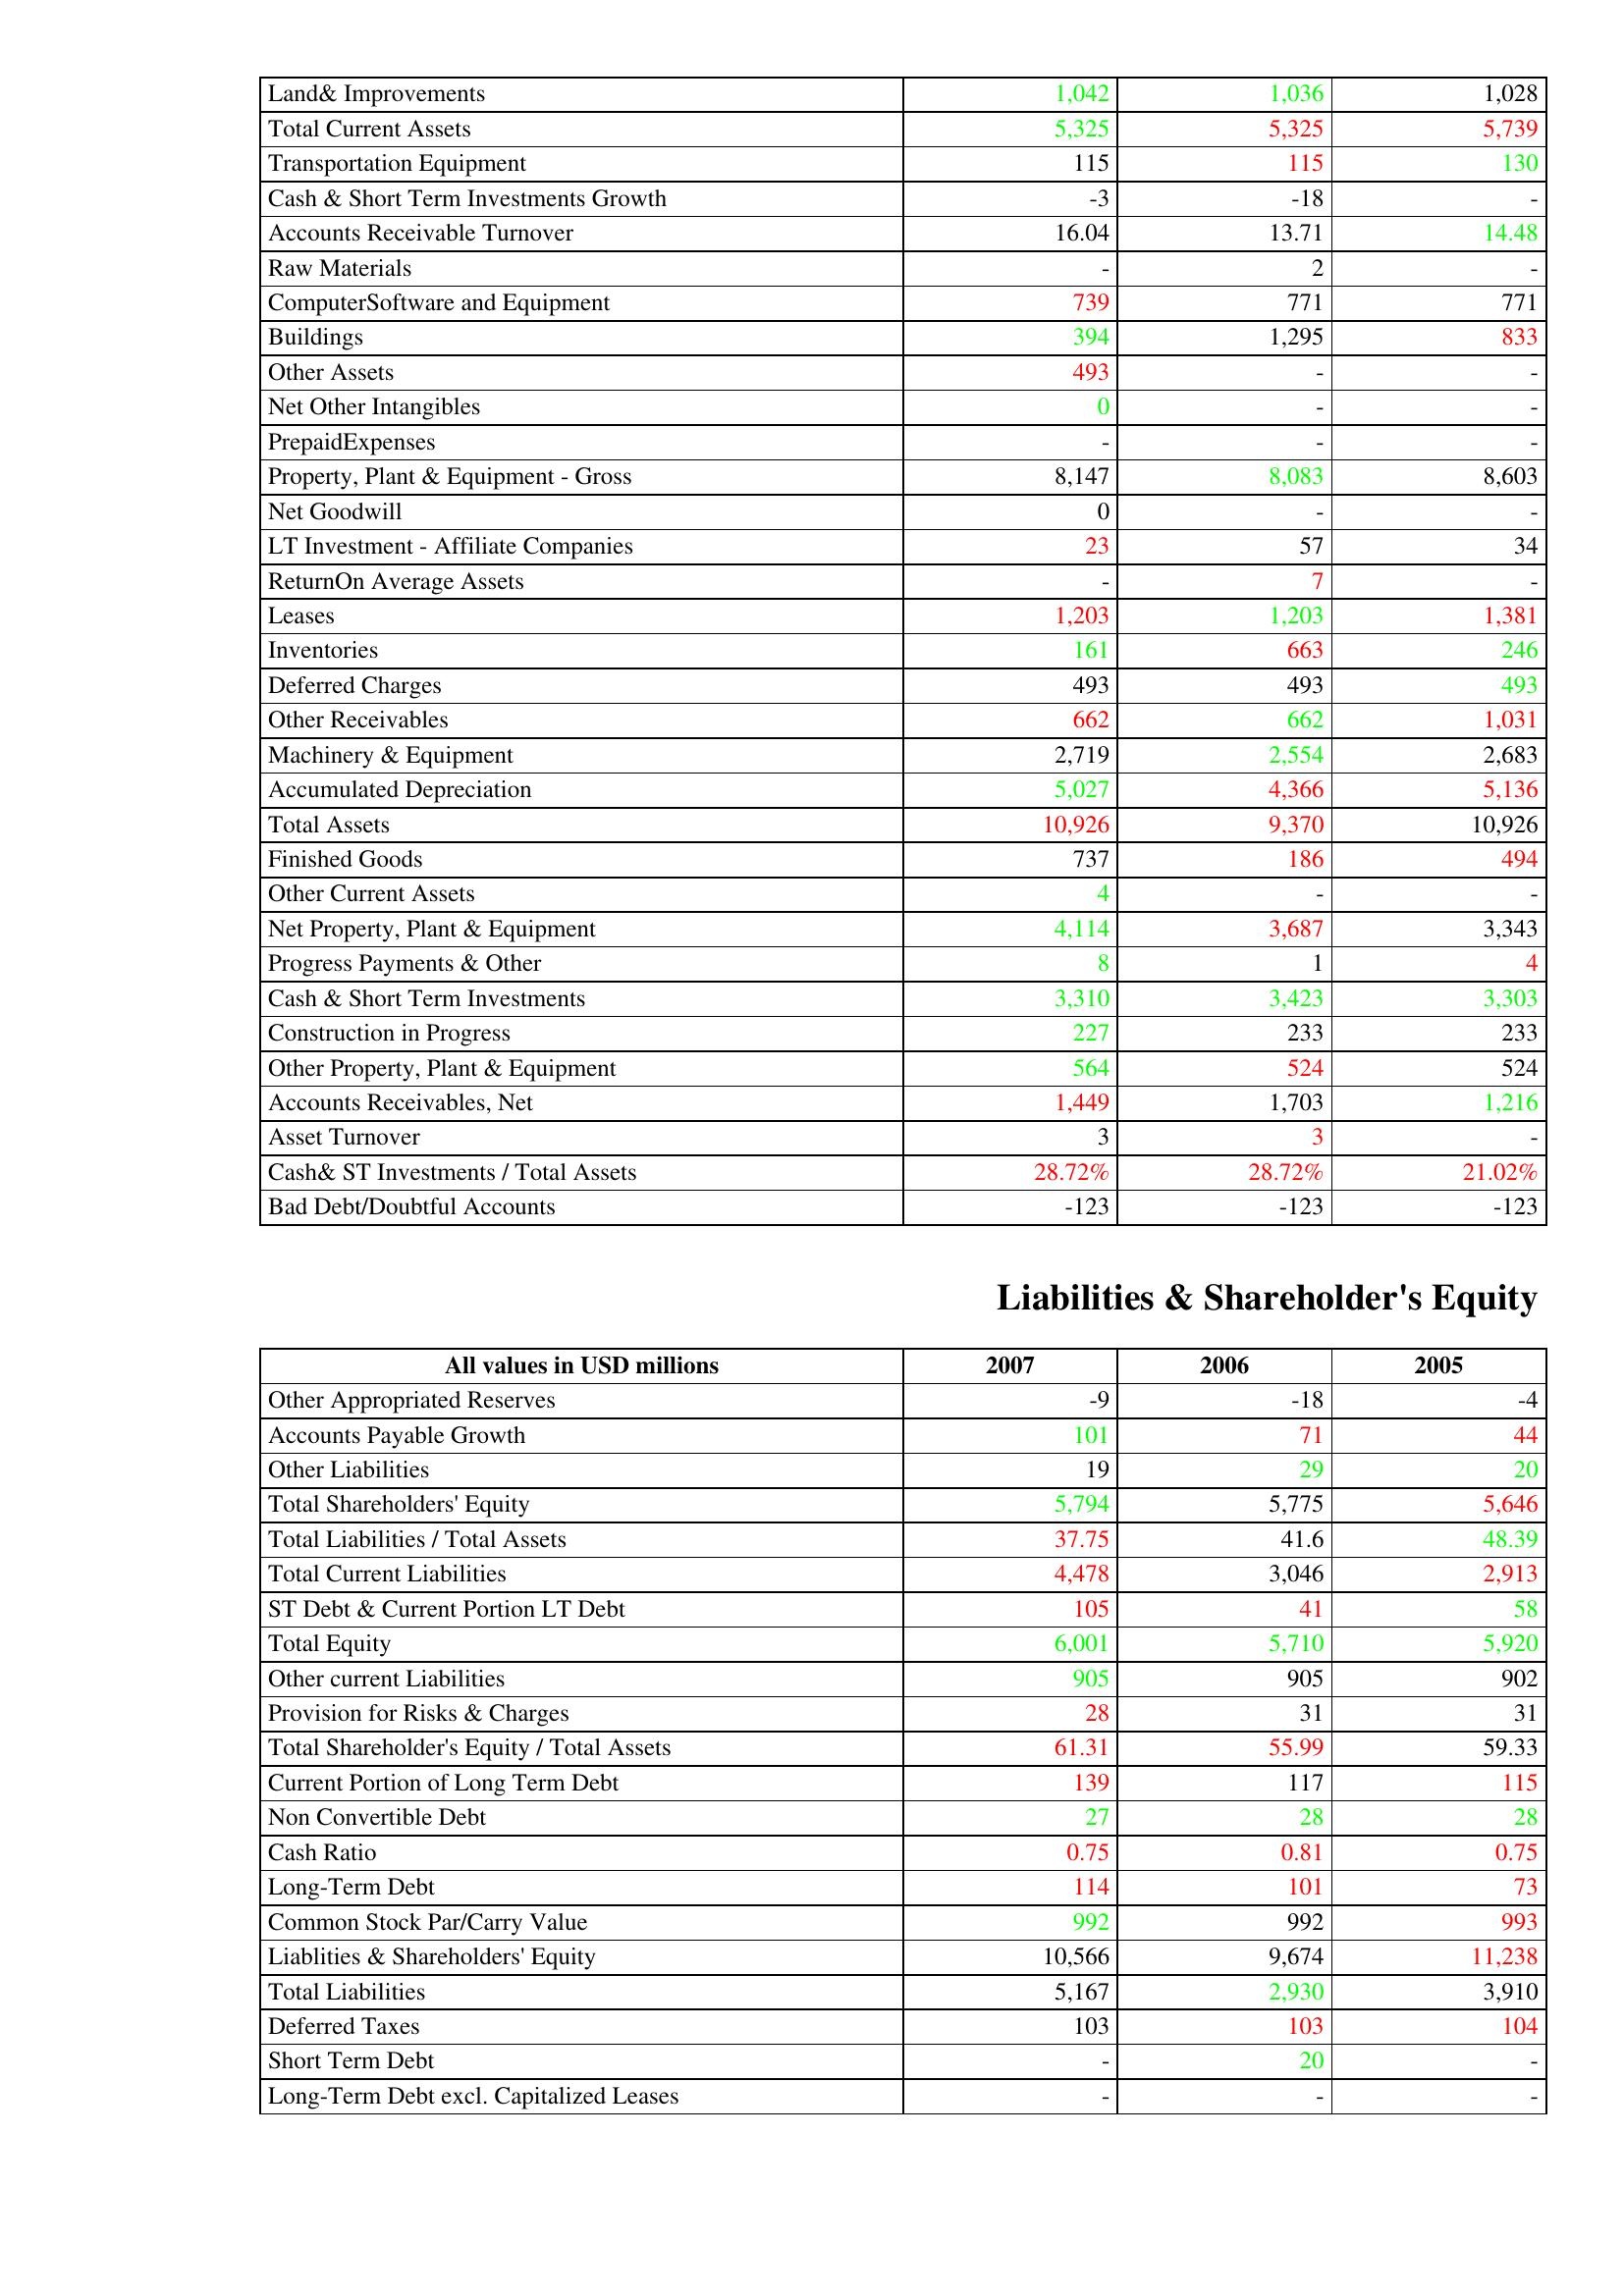
gt_parse: 2007: Assets: Land& Improvements: 1,042
Total Current Assets: 5,325
Transportation Equipment: 115
Cash & Short Term Investments Growth: -3
Accounts Receivable Turnover: 16.04
Raw Materials: -
ComputerSoftware and Equipment: 739
Buildings: 394
Other Assets: 493
Net Other Intangibles: 0
PrepaidExpenses: -
Property, Plant & Equipment - Gross : 8,147
Net Goodwill: 0
LT Investment - Affiliate Companies: 23
ReturnOn Average Assets: -
Leases: 1,203
Inventories: 161
Deferred Charges: 493
Other Receivables: 662
Machinery & Equipment: 2,719
Accumulated Depreciation: 5,027
Total Assets: 10,926
Finished Goods: 737
Other Current Assets: 4
Net Property, Plant & Equipment: 4,114
Progress Payments & Other: 8
Cash & Short Term Investments: 3,310
Construction in Progress: 227
Other Property, Plant & Equipment: 564
Accounts Receivables, Net: 1,449
Asset Turnover: 3
Cash& ST Investments / Total Assets: 28.72%
Bad Debt/Doubtful Accounts: -123
Liabilities & Shareholder's Equity: Other Appropriated Reserves: -9
Accounts Payable Growth: 101
Other Liabilities: 19
Total Shareholders' Equity: 5,794
Total Liabilities / Total Assets: 37.75
Total Current Liabilities: 4,478
ST Debt & Current Portion LT Debt: 105
Total Equity: 6,001
Other current Liabilities: 905
Provision for Risks & Charges: 28
Total Shareholder's Equity / Total Assets: 61.31
Current Portion of Long Term Debt: 139
Non Convertible Debt: 27
Cash Ratio: 0.75
Long-Term Debt: 114
Common Stock Par/Carry Value: 992
Liablities & Shareholders' Equity: 10,566
Total Liabilities: 5,167
Deferred Taxes: 103
Short Term Debt: -
Long-Term Debt excl. Capitalized Leases: -
2006: Assets: Land& Improvements: 1,036
Total Current Assets: 5,325
Transportation Equipment: 115
Cash & Short Term Investments Growth: -18
Accounts Receivable Turnover: 13.71
Raw Materials: 2
ComputerSoftware and Equipment: 771
Buildings: 1,295
Other Assets: -
Net Other Intangibles: -
PrepaidExpenses: -
Property, Plant & Equipment - Gross : 8,083
Net Goodwill: -
LT Investment - Affiliate Companies: 57
ReturnOn Average Assets: 7
Leases: 1,203
Inventories: 663
Deferred Charges: 493
Other Receivables: 662
Machinery & Equipment: 2,554
Accumulated Depreciation: 4,366
Total Assets: 9,370
Finished Goods: 186
Other Current Assets: -
Net Property, Plant & Equipment: 3,687
Progress Payments & Other: 1
Cash & Short Term Investments: 3,423
Construction in Progress: 233
Other Property, Plant & Equipment: 524
Accounts Receivables, Net: 1,703
Asset Turnover: 3
Cash& ST Investments / Total Assets: 28.72%
Bad Debt/Doubtful Accounts: -123
Liabilities & Shareholder's Equity: Other Appropriated Reserves: -18
Accounts Payable Growth: 71
Other Liabilities: 29
Total Shareholders' Equity: 5,775
Total Liabilities / Total Assets: 41.6
Total Current Liabilities: 3,046
ST Debt & Current Portion LT Debt: 41
Total Equity: 5,710
Other current Liabilities: 905
Provision for Risks & Charges: 31
Total Shareholder's Equity / Total Assets: 55.99
Current Portion of Long Term Debt: 117
Non Convertible Debt: 28
Cash Ratio: 0.81
Long-Term Debt: 101
Common Stock Par/Carry Value: 992
Liablities & Shareholders' Equity: 9,674
Total Liabilities: 2,930
Deferred Taxes: 103
Short Term Debt: 20
Long-Term Debt excl. Capitalized Leases: -
2005: Assets: Land& Improvements: 1,028
Total Current Assets: 5,739
Transportation Equipment: 130
Cash & Short Term Investments Growth: -
Accounts Receivable Turnover: 14.48
Raw Materials: -
ComputerSoftware and Equipment: 771
Buildings: 833
Other Assets: -
Net Other Intangibles: -
PrepaidExpenses: -
Property, Plant & Equipment - Gross : 8,603
Net Goodwill: -
LT Investment - Affiliate Companies: 34
ReturnOn Average Assets: -
Leases: 1,381
Inventories: 246
Deferred Charges: 493
Other Receivables: 1,031
Machinery & Equipment: 2,683
Accumulated Depreciation: 5,136
Total Assets: 10,926
Finished Goods: 494
Other Current Assets: -
Net Property, Plant & Equipment: 3,343
Progress Payments & Other: 4
Cash & Short Term Investments: 3,303
Construction in Progress: 233
Other Property, Plant & Equipment: 524
Accounts Receivables, Net: 1,216
Asset Turnover: -
Cash& ST Investments / Total Assets: 21.02%
Bad Debt/Doubtful Accounts: -123
Liabilities & Shareholder's Equity: Other Appropriated Reserves: -4
Accounts Payable Growth: 44
Other Liabilities: 20
Total Shareholders' Equity: 5,646
Total Liabilities / Total Assets: 48.39
Total Current Liabilities: 2,913
ST Debt & Current Portion LT Debt: 58
Total Equity: 5,920
Other current Liabilities: 902
Provision for Risks & Charges: 31
Total Shareholder's Equity / Total Assets: 59.33
Current Portion of Long Term Debt: 115
Non Convertible Debt: 28
Cash Ratio: 0.75
Long-Term Debt: 73
Common Stock Par/Carry Value: 993
Liablities & Shareholders' Equity: 11,238
Total Liabilities: 3,910
Deferred Taxes: 104
Short Term Debt: -
Long-Term Debt excl. Capitalized Leases: -